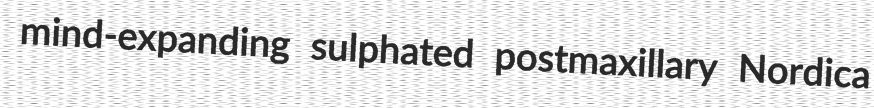
mind-expanding sulphated postmaxillary Nordica